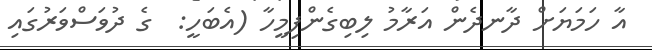
އާ ހަމަޔަށް ދާނދެން އަރާމު ލިބިގެންފިމީހާ (އެބަހީ:  ގެ ދުވަސްވަރުގައި